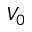
V _ { 0 }